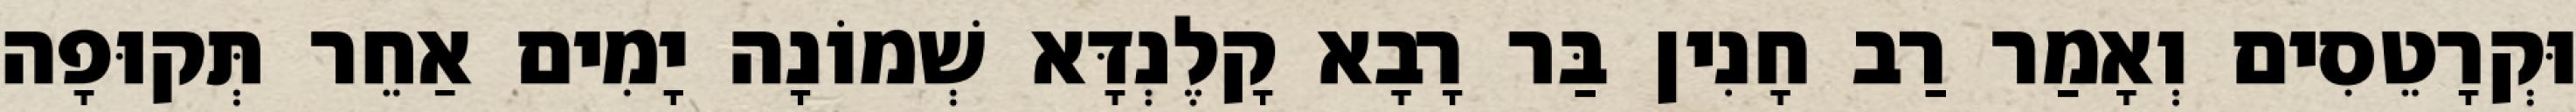
וּקְרָטֵסִים וְאָמַר רַב חָנִין בַּר רָבָא קָלֶנְדָּא שְׁמוֹנָה יָמִים אַחֵר תְּקוּפָה